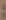
: